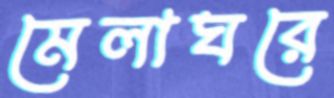
মেলাঘরে